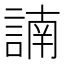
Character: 諵